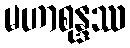
မဟာစုန္ဒဿ